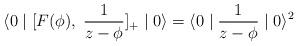
LaTeX: \begin{align*}\langle 0 \mid [F(\phi) , \; \frac{1}{z-\phi} ]_{+} \mid 0 \rangle =\langle 0 \mid \frac{1}{z-\phi} \mid 0 \rangle ^{2} \end{align*}